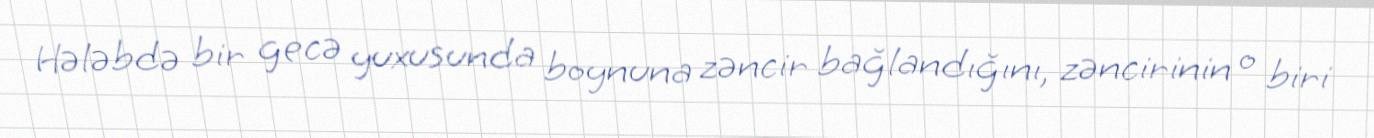
Hələbdə bir gecə yuxusunda boynuna zəncir bağlandığını, zəncirinin o biri